Indian Medical Review
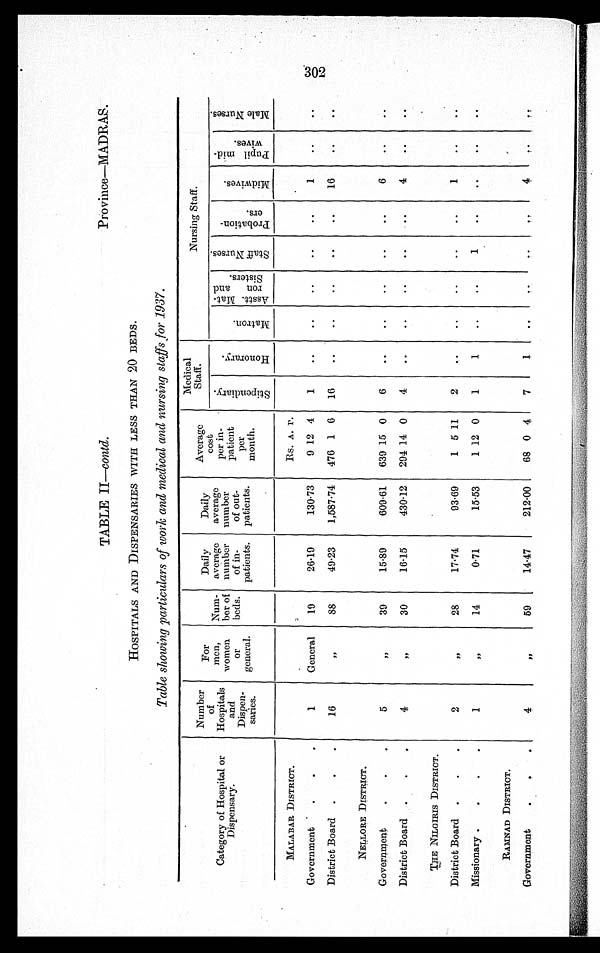
TABLE II —contd.
Province—MADRAS.
HOSPITALS AND DISPENSARIES WITH LESS THAN 20 BEDS.
Table showing particulars of work and medical and nursing staffs for 1937.
Category of Hospital or
Dispensary.
Number
of
Hospitals
and
Dispen-
saries.
For
men,
women
or
general.
Num-
b e r
beds.
Daily
average
number
of in-
patients.
Daily
average
number
of out-
patients.
Average
cost
per in-
patient
per
month.
Medical
Staff.
Nursing Staff.
S t i p e n d i a r y .
H o n o r a r y .
M a t r o n .
A s s t t . M a t -
r o n a n d
S i s t e r s .
S t a f f N u r s e s .
P r o b a t i o n -
e r s .
M i d w i v e s .
P u p i l m i d -
w i v e s
M a l e N u r s e s .
MALABAR DISTRICT.
Rs. A. P.
Government
1
General
19
26·19
130·73
9 12 4
1
..
..
..
..
. .
1
. .
. .
District Board
16
" 88
49·23
1,587·74
476 1 6
16
..
..
..
..
..
16
..
. .
NELLORE DISTRICT.
Government
5
" 39
15·89
609·61
639 15 0
6
..
..
..
..
..
6
..
. .
District Board
4
" 30
16·15
430·12
294 14 0
4
..
..
..
..
. .
4
. .
..
THE NILGIRIS DISTRICT.
District Board
2
" 28
17·74
93·69
1 5 11
2
. .
..
..
..
..
1
..
..
Missionary
1
" 14
0·71
15·53
1 12 0
1
1
..
..
1
..
..
. .
..
RAMNAD DISTRICT.
Government
4
" 59
14·47
212·00
68 0 4
7
1
. .
. .
. .
. .
4
. .
. .
302